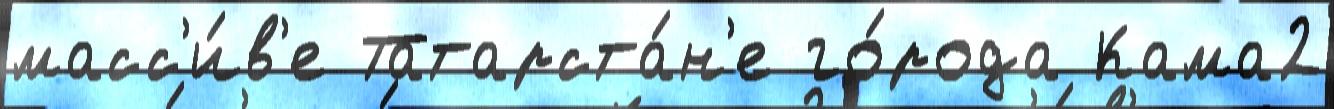
масс'и́в'е Татарста́н'е го́рода Кама2